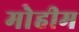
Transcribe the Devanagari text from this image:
मोेहीम